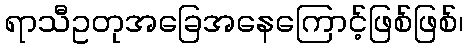
ရာသီဥတုအခြေအနေကြောင့်ဖြစ်ဖြစ်၊